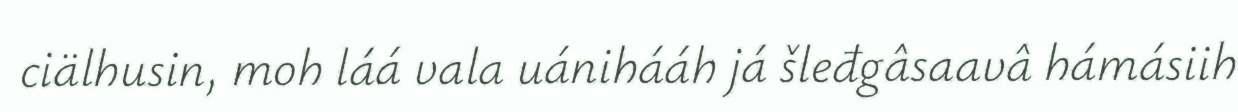
ciälhusin, moh láá vala uánihááh já šleđgâsaavâ hámásiih